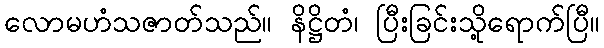
လောမဟံသဇာတ်သည်။ နိဋ္ဌိတံ၊ ပြီးခြင်းသို့ရောက်ပြီ။